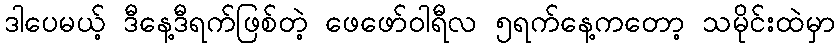
ဒါပေမယ့် ဒီနေ့ဒီရက်ဖြစ်တဲ့ ဖေဖော်ဝါရီလ ၅ရက်နေ့ကတော့ သမိုင်းထဲမှာ